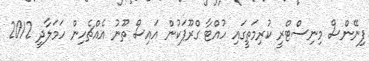
ފިނޭންސް މިނިސްޓްރީ ކުރިމަތީގައި ހުއްޓާ ގްރޫޕަކުން އައިސް ތޫނު އެއްޗެހިން ހަމަލާދީ 2012